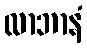
လာဘာနံ